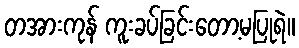
တအားကုန် ကူးခပ်ခြင်းတော့မပြုရဲ။